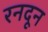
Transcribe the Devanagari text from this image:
रनदून